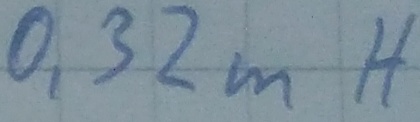
Text: 0,32mH